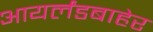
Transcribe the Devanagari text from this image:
आयर्लंडबाहेर